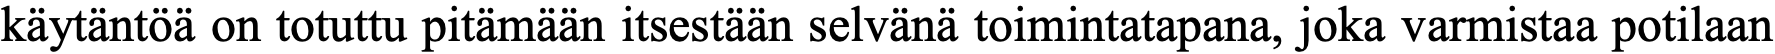
käytäntöä on totuttu pitämään itsestään selvänä toimintatapana, joka varmistaa potilaan